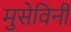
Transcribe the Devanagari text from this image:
मुसेविनी